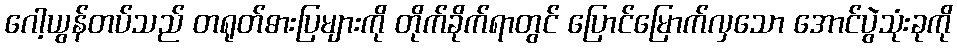
ဂေါ့ယွန်တပ်သည် တရုတ်ဓားပြများကို တိုက်ခိုက်ရာတွင် ပြောင်မြောက်လှသော အောင်ပွဲသုံးခုကို